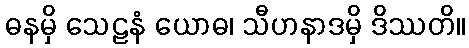
ဓနမှိ သေဠနံ ယောဓ၊ သီဟနာဒမှိ ဒိဿတိ။